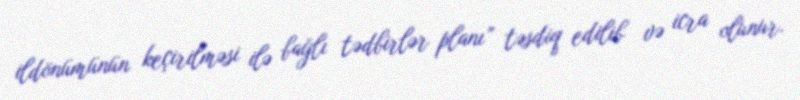
ildönümünün keçirilməsi ilə bağlı tədbirlər planı” təsdiq edilib və icra olunur.